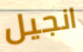
انجيل